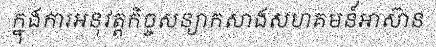
ក្នុងការអនុវត្តកិច្ចសន្យាកសាងសហគមន៍អាស៊ាន